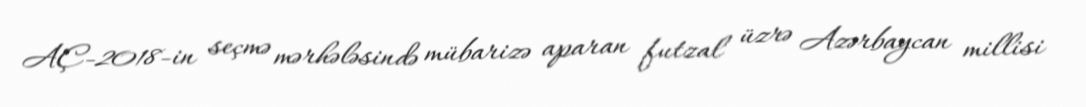
AÇ-2018-in seçmə mərhələsində mübarizə aparan futzal üzrə Azərbaycan millisi